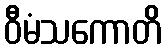
ဝီမံသကောတိ